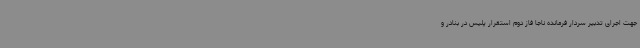
جهت اجرای تدبیر سردار فرمانده ناجا فاز دوم استقرار پلیس در بنادر و